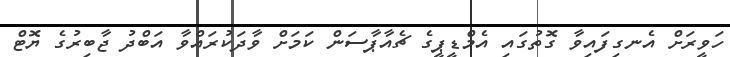
ހަވީރަށް އެނގިފައިވާ ގޮތުގައި އެމްޑީޕީގެ ޗެއާޕާސަން ކަމަށް ވާދަކުރައްވާ އަބްދު ޖާބިރުގެ ޔޮޓް